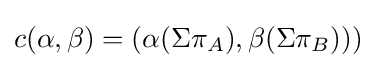
c(\alpha ,\beta )=(\alpha (\Sigma \pi _{A}),\beta (\Sigma \pi _{B})))